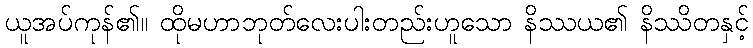
ယူအပ်ကုန်၏။ ထိုမဟာဘုတ်လေးပါးတည်းဟူသော နိဿယ၏ နိဿိတနှင့်